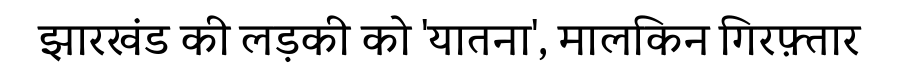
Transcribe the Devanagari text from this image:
झारखंड की लड़की को 'यातना', मालकिन गिरफ़्तार